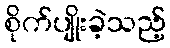
စိုက်ပျိုးခဲ့သည့်